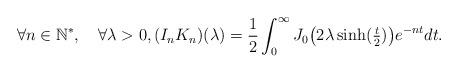
LaTeX: \begin{align*}\forall n\in\mathbb{N}^*,\quad\forall\lambda>0,(I_{n}K_{n})(\lambda)=\frac12\int_{0}^\infty J_0\big(2\lambda\sinh(\tfrac{t}{2})\big)e^{-nt}dt.\end{align*}